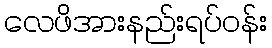
လေဖိအားနည်းရပ်ဝန်း